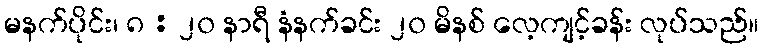
မနက်ပိုင်း၊ ၈ : ၂၀ နာရီ နံနက်ခင်း ၂၀ မိနစ် လေ့ကျင့်ခန်း လုပ်သည်။